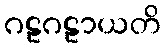
ဂဠဂဠာယတိ